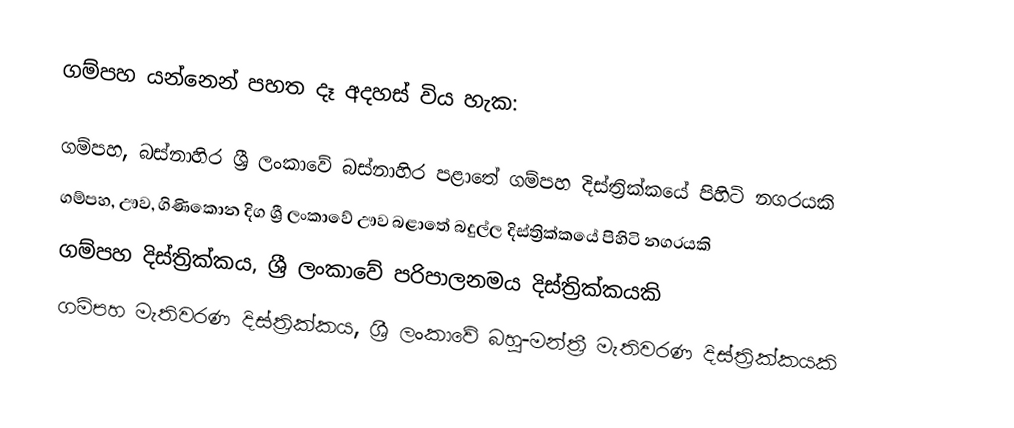
ගම්පහ යන්නෙන් පහත දෑ අදහස් විය හැක:

 ගම්පහ, බස්නාහිර ශ්‍රී ලංකාවේ බස්නාහිර පළාතේ ගම්පහ දිස්ත්‍රික්කයේ පිහිටි නගරයකි
 ගම්පහ, ඌව, ගිණිකොන දිග ශ්‍රී ලංකාවේ ඌව බළාතේ බදුල්ල දිස්ත්‍රික්කයේ පිහිටි නගරයකි
 ගම්පහ දිස්ත්‍රික්කය, ශ්‍රී ලංකාවේ පරිපාලනමය දිස්ත්‍රික්කයකි
 ගම්පහ මැතිවරණ දිස්ත්‍රික්කය, ශ්‍රී ලංකාවේ බහු-මන්ත්‍රී මැතිවරණ දිස්ත්‍රික්කයකි